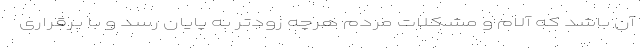
آن باشد که آلام و مشکلات مردم هرچه زودتر به پایان رسد و با برقراری